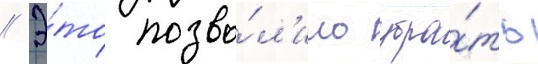
// Э́то позво́л'ило убра́ть